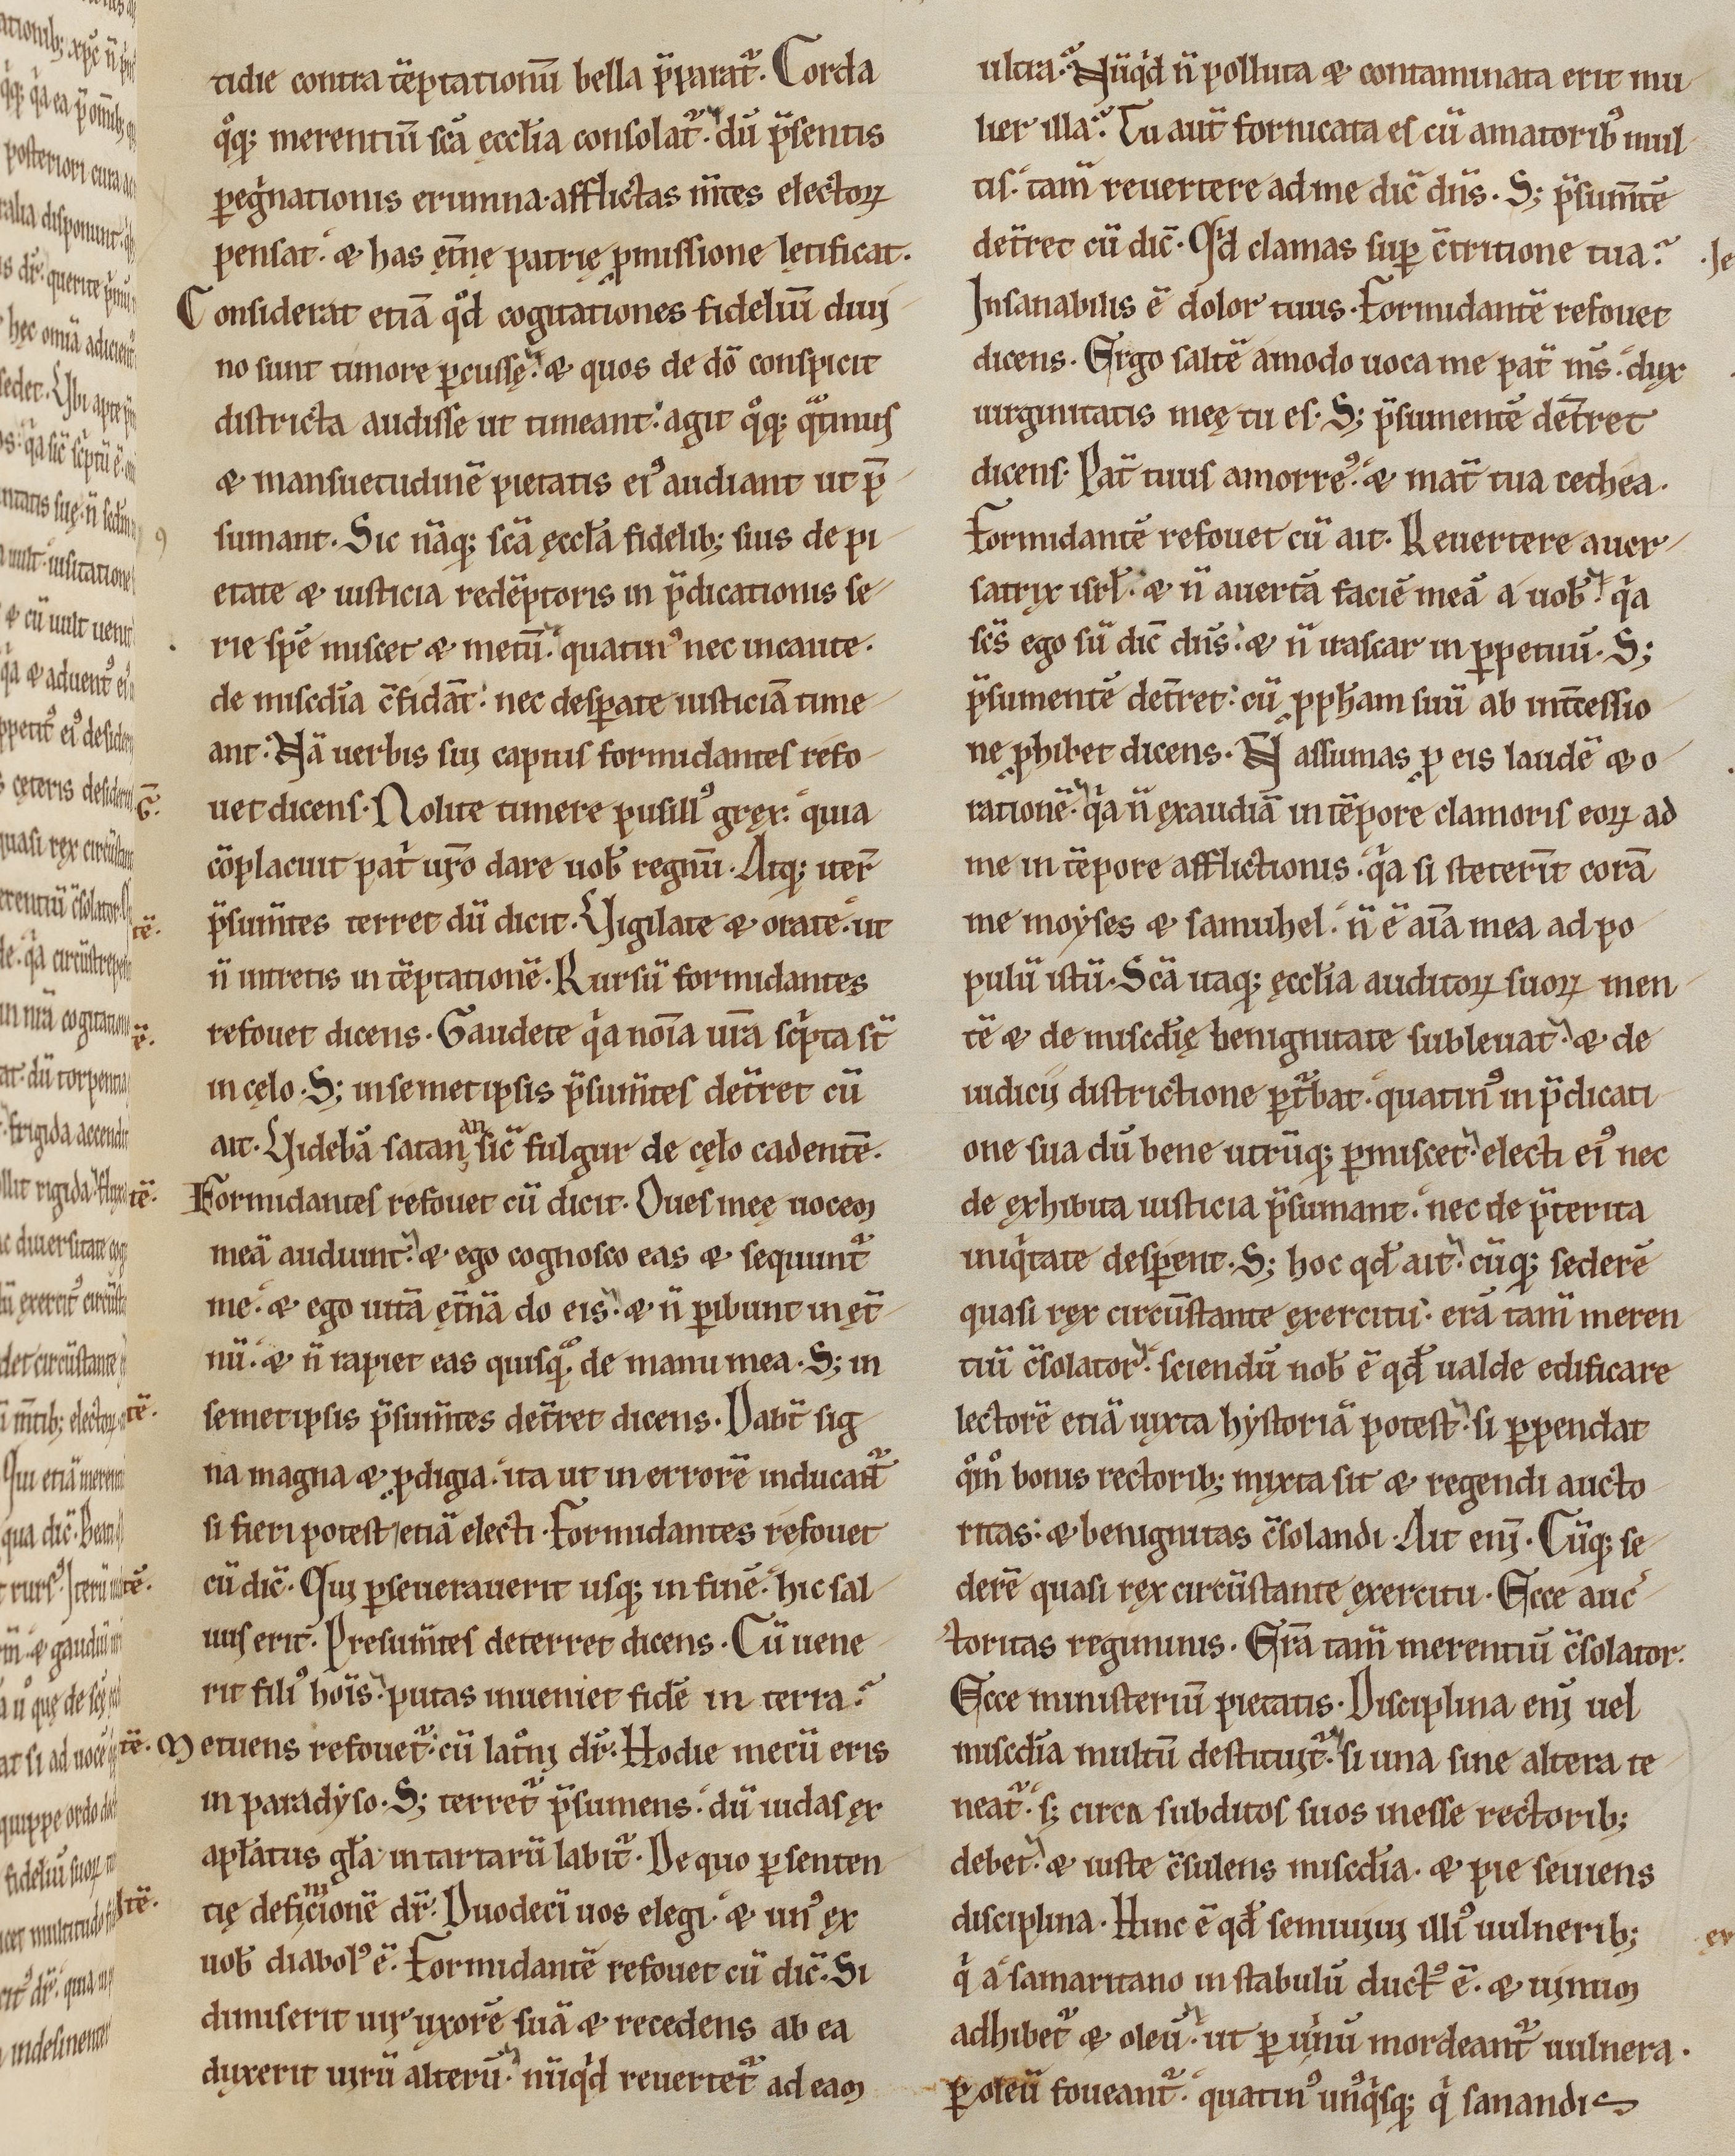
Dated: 1170–1199